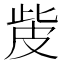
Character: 𤿙